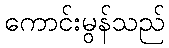
ကောင်းမွန်သည်